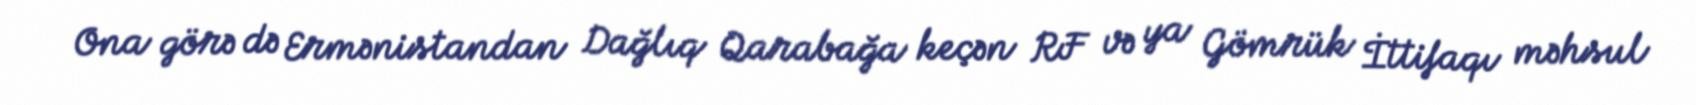
Ona görə də Ermənistandan Dağlıq Qarabağa keçən RF və ya Gömrük İttifaqı məhsul